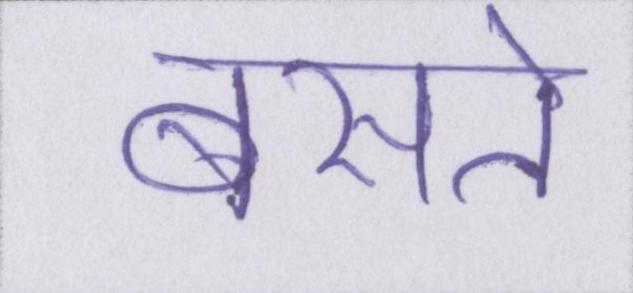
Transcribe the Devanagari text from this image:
बसते